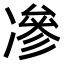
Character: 𠗿